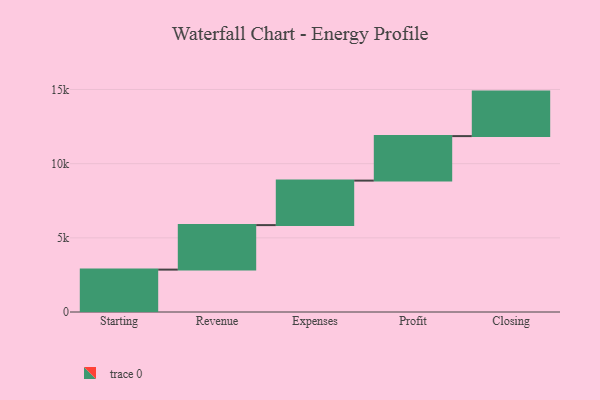
{"axis": {"x": "Step", "y": "Value"}, "legend": [""], "data": [{"x": "Starting", "y": 2858.0, "type": ""}, {"x": "Revenue", "y": 3000, "type": ""}, {"x": "Expenses", "y": 3000, "type": ""}, {"x": "Profit", "y": 3000, "type": ""}, {"x": "Closing", "y": 3000, "type": ""}]}